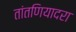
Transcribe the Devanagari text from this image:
तांतणियादरा